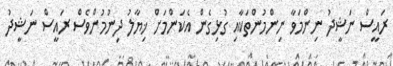
ރައީސް ނަޝީދު ނިންމަވާ ނިންމުންތަކާއި ގުޅިގެން އެކަންމަށް ޚިޔާލު ދިނުމުންވެސް ރައީސް ނަޝީދު